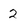
Character: 2